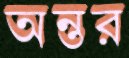
অন্তর